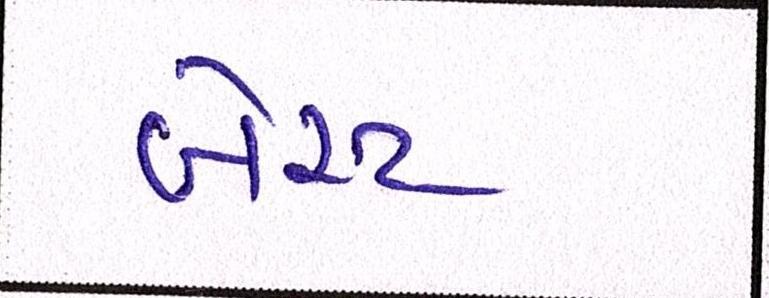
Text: બેસ્ટ